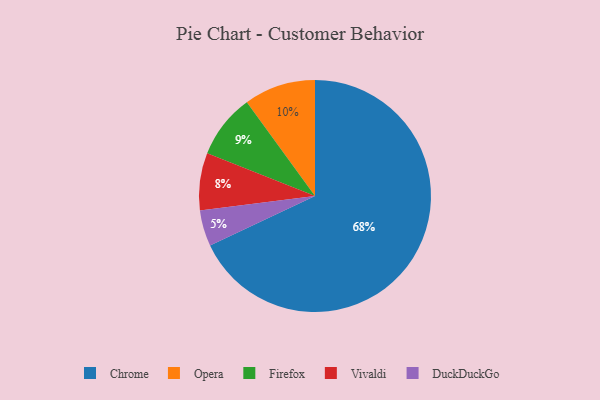
{"axis": {"x": "Category", "y": "Percentage"}, "legend": ["Chrome", "DuckDuckGo", "Firefox", "Opera", "Vivaldi"], "data": [{"x": "Chrome", "y": 68, "type": "Chrome"}, {"x": "DuckDuckGo", "y": 5, "type": "DuckDuckGo"}, {"x": "Vivaldi", "y": 8, "type": "Vivaldi"}, {"x": "Firefox", "y": 9, "type": "Firefox"}, {"x": "Opera", "y": 10, "type": "Opera"}]}